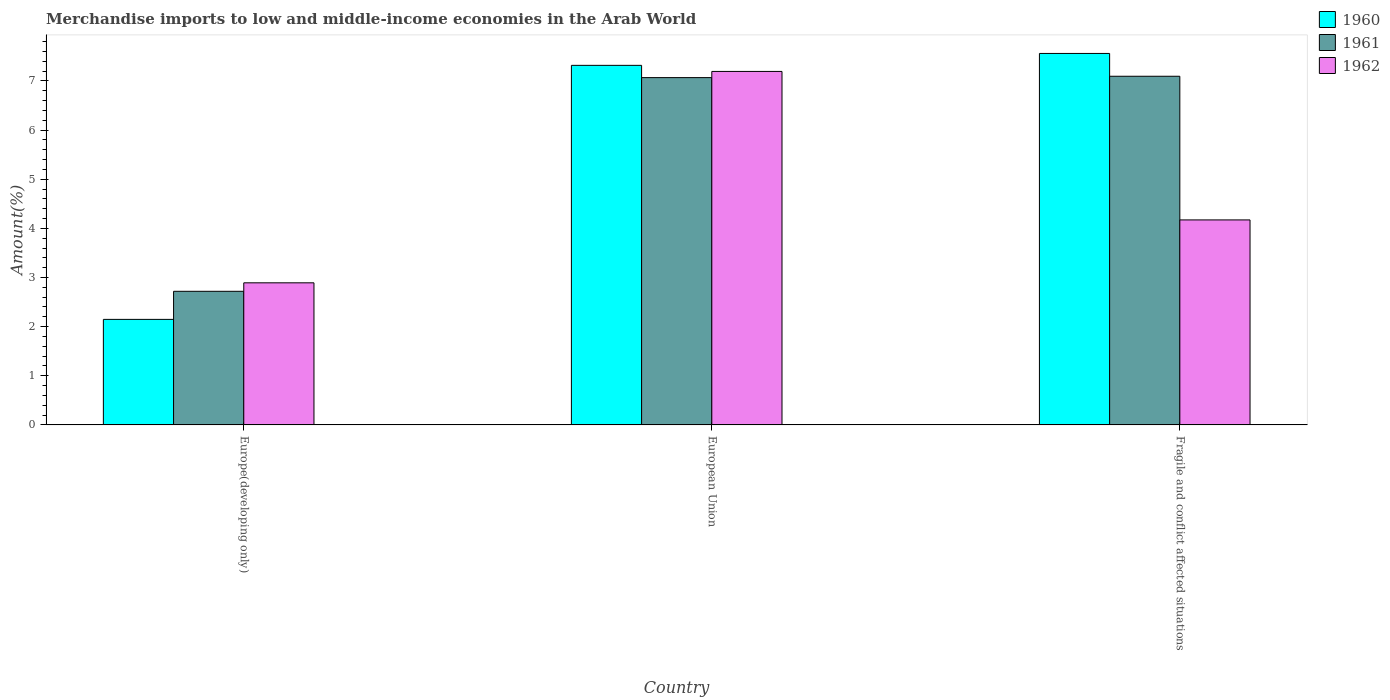
| Country | 1960 | 1961 | 1962 |
 | --- | --- | --- | --- |
 | Europe(developing only) | 2.15 | 2.72 | 2.89 |
 | European Union | 7.32 | 7.07 | 7.19 |
 | Fragile and conflict affected situations | 7.56 | 7.1 | 4.17 |